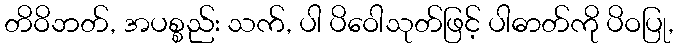
တိဝိဘတ်, အပစ္စည်း သက်, ပါ ပိဝေါသုတ်ဖြင့် ပါဓာတ်ကို ပိဝပြု,